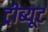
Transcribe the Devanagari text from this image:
ट्रीब्यूट